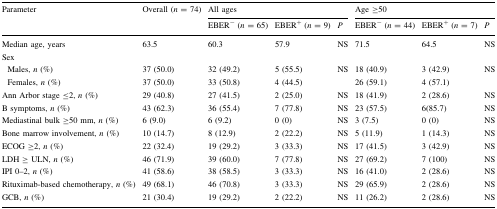
<table><thead><tr><td rowspan="2"><b>Parameter</b></td><td rowspan="2"><b>Overall (<i>n</i> = 74)</b></td><td colspan="3"><b>All ages</b></td><td colspan="3"><b>Age ≥50</b></td></tr><tr><td><b>EBER<sup>−</sup> (<i>n</i> = 65)</b></td><td><b>EBER<sup>+</sup> (<i>n</i> = 9)</b></td><td><b><i>P</i></b></td><td><b>EBER<sup>−</sup> (<i>n</i> = 44)</b></td><td><b>EBER<sup>+</sup> (<i>n</i> = 7)</b></td><td><b><i>P</i></b></td></tr></thead><tbody><tr><td>Median age, years</td><td>63.5</td><td>60.3</td><td>57.9</td><td>NS</td><td>71.5</td><td>64.5</td><td>NS</td></tr><tr><td colspan="8">Sex</td></tr><tr><td> Males, <i>n</i> (%)</td><td>37 (50.0)</td><td>32 (49.2)</td><td>5 (55.5)</td><td rowspan="2">NS</td><td>18 (40.9)</td><td>3 (42.9)</td><td rowspan="2">NS</td></tr><tr><td> Females, <i>n</i> (%)</td><td>37 (50.0)</td><td>33 (50.8)</td><td>4 (44.5)</td><td>26 (59.1)</td><td>4 (57.1)</td></tr><tr><td>Ann Arbor stage ≤2, <i>n</i> (%)</td><td>29 (40.8)</td><td>27 (41.5)</td><td>2 (25.0)</td><td>NS</td><td>18 (41.9)</td><td>2 (28.6)</td><td>NS</td></tr><tr><td>B symptoms, <i>n</i> (%)</td><td>43 (62.3)</td><td>36 (55.4)</td><td>7 (77.8)</td><td>NS</td><td>23 (57.5)</td><td>6(85.7)</td><td>NS</td></tr><tr><td>Mediastinal bulk ≥50 mm, <i>n</i> (%)</td><td>6 (9.0)</td><td>6 (9.2)</td><td>0 (0)</td><td>NS</td><td>3 (7.5)</td><td>0 (0)</td><td>NS</td></tr><tr><td>Bone marrow involvement, <i>n</i> (%)</td><td>10 (14.7)</td><td>8 (12.9)</td><td>2 (22.2)</td><td>NS</td><td>5 (11.9)</td><td>1 (14.3)</td><td>NS</td></tr><tr><td>ECOG ≥2, <i>n</i> (%)</td><td>22 (32.4)</td><td>19 (29.2)</td><td>3 (33.3)</td><td>NS</td><td>17 (41.5)</td><td>3 (42.9)</td><td>NS</td></tr><tr><td>LDH ≥ ULN, <i>n</i> (%)</td><td>46 (71.9)</td><td>39 (60.0)</td><td>7 (77.8)</td><td>NS</td><td>27 (69.2)</td><td>7 (100)</td><td>NS</td></tr><tr><td>IPI 0–2, <i>n</i> (%)</td><td>41 (58.6)</td><td>38 (58.5)</td><td>3 (33.3)</td><td>NS</td><td>16 (41.0)</td><td>2 (28.6)</td><td>NS</td></tr><tr><td>Rituximab-based chemotherapy, <i>n</i> (%)</td><td>49 (68.1)</td><td>46 (70.8)</td><td>3 (33.3)</td><td>NS</td><td>29 (65.9)</td><td>2 (28.6)</td><td>NS</td></tr><tr><td>GCB, <i>n</i> (%)</td><td>21 (30.4)</td><td>19 (29.2)</td><td>2 (22.2)</td><td>NS</td><td>11 (26.2)</td><td>2 (28.6)</td><td>NS</td></tr></tbody></table>